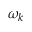
\omega _ { k }